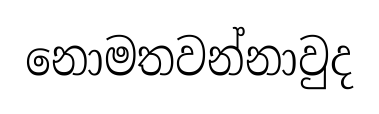
නොමතවන්නාවුද